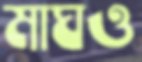
মাঘও